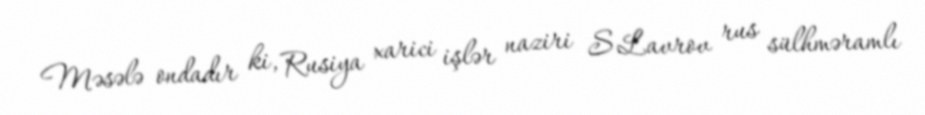
Məsələ ondadır ki, Rusiya xarici işlər naziri S.Lavrov rus sülhməramlı